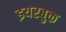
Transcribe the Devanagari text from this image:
इयरबुक